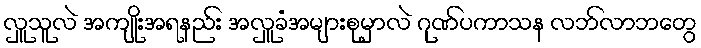
လှူသူလဲ အကျိုးအရနည်း အလှူခံအများစုမှာလဲ ဂုဏ်ပကာသန လဘ်လာဘတွေ